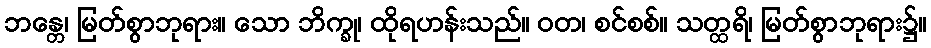
ဘန္တေ၊ မြတ်စွာဘုရား။ သော ဘိက္ခု၊ ထိုရဟန်းသည်။ ဝတ၊ စင်စစ်။ သတ္ထရိ၊ မြတ်စွာဘုရား၌။